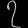
Digit: ၇